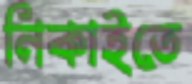
নিকাইতে